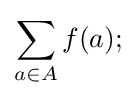
\sum _{a\in A}f(a);